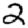
Digit: 2